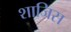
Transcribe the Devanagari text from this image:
शाजिस